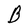
Character: B